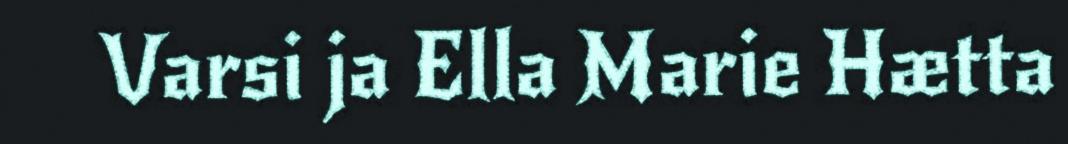
Varsi ja Ella Marie Hætta